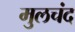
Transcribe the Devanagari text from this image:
मुलचंद